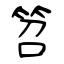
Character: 笤